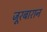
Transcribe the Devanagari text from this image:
जूरबारान